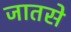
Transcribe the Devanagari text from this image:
जातसे